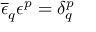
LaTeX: \overline { { { \epsilon } } } _ { q } \epsilon ^ { p } = \delta _ { q } ^ { p }